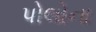
પોલોના